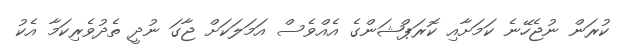
ކުރަން ނުޖެހޭނެ ކަމަށާއި ކޮރަޕްޝަންގެ އެއްވެސް އަމަލަކަށް ޖާގަ ނުދީ ތެދުވެރިކަމާ އެކު